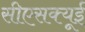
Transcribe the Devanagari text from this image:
सीएसक्यूई